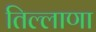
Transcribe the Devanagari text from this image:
तिल्लाणा